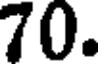
70.